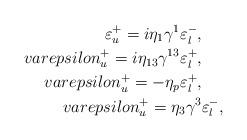
LaTeX: \begin{align*}\varepsilon^+_u = i \eta_{1} \gamma^{1} \varepsilon^-_l,\ \ \ \ \\varepsilon^+_u = i \eta_{13} \gamma^{13} \varepsilon^+_l, \ \ \ \ \\varepsilon^+_u = - \eta_{p} \varepsilon^+_l, \ \ \ \ \\varepsilon^+_u = \eta_{3} \gamma^{3} \varepsilon^-_l ,\end{align*}